Physiological action of certain drugs in tablet form - Number 52A
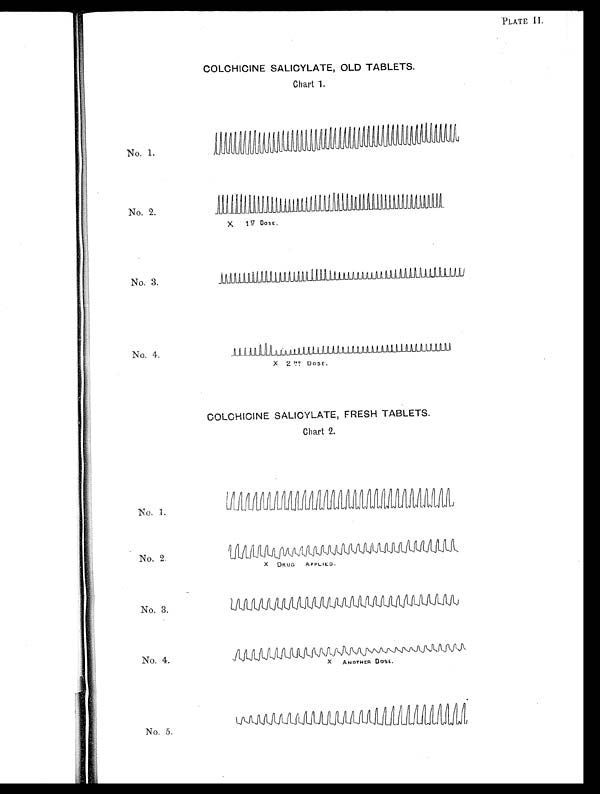
No. 3.
No. 4.
X ANOTHER DOSE.
PLATE II.
COLCHICINE SALICYLATE, OLD TABLETS.
Chart 1.
No. 1.
No. 2.
X 1 57/.. DOSE.
No. 3.
No. 4.
X 2 DOSE.
COLCHICINE SALICYLATE, FRESH TABLETS.
Chart 2.
No. 1.
No. 2
X DRUG APPLIED.
No. 5.